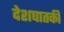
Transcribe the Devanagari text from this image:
देशघातकी